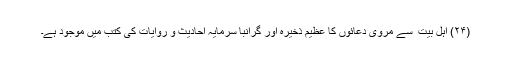
(۲۴) اہل بیت ؑ سے مروی دعائوں کا عظیم ذخیرہ اور گرانبا سرمایہ احادیث و روایات کی کتب میں موجود ہے۔